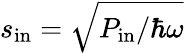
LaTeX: s_{\mathrm{in}}=\sqrt{P_{\mathrm{in}}/\hbar\omega}